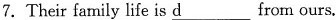
7.Their family life is \underline{d} from ours.